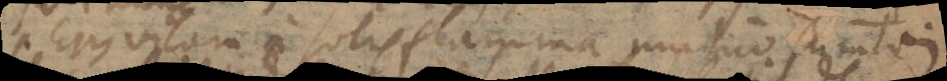
Ejus vitam a solis flamma mutuo sumtam.